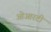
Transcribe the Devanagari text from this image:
ओआरटी